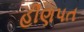
હીણપત